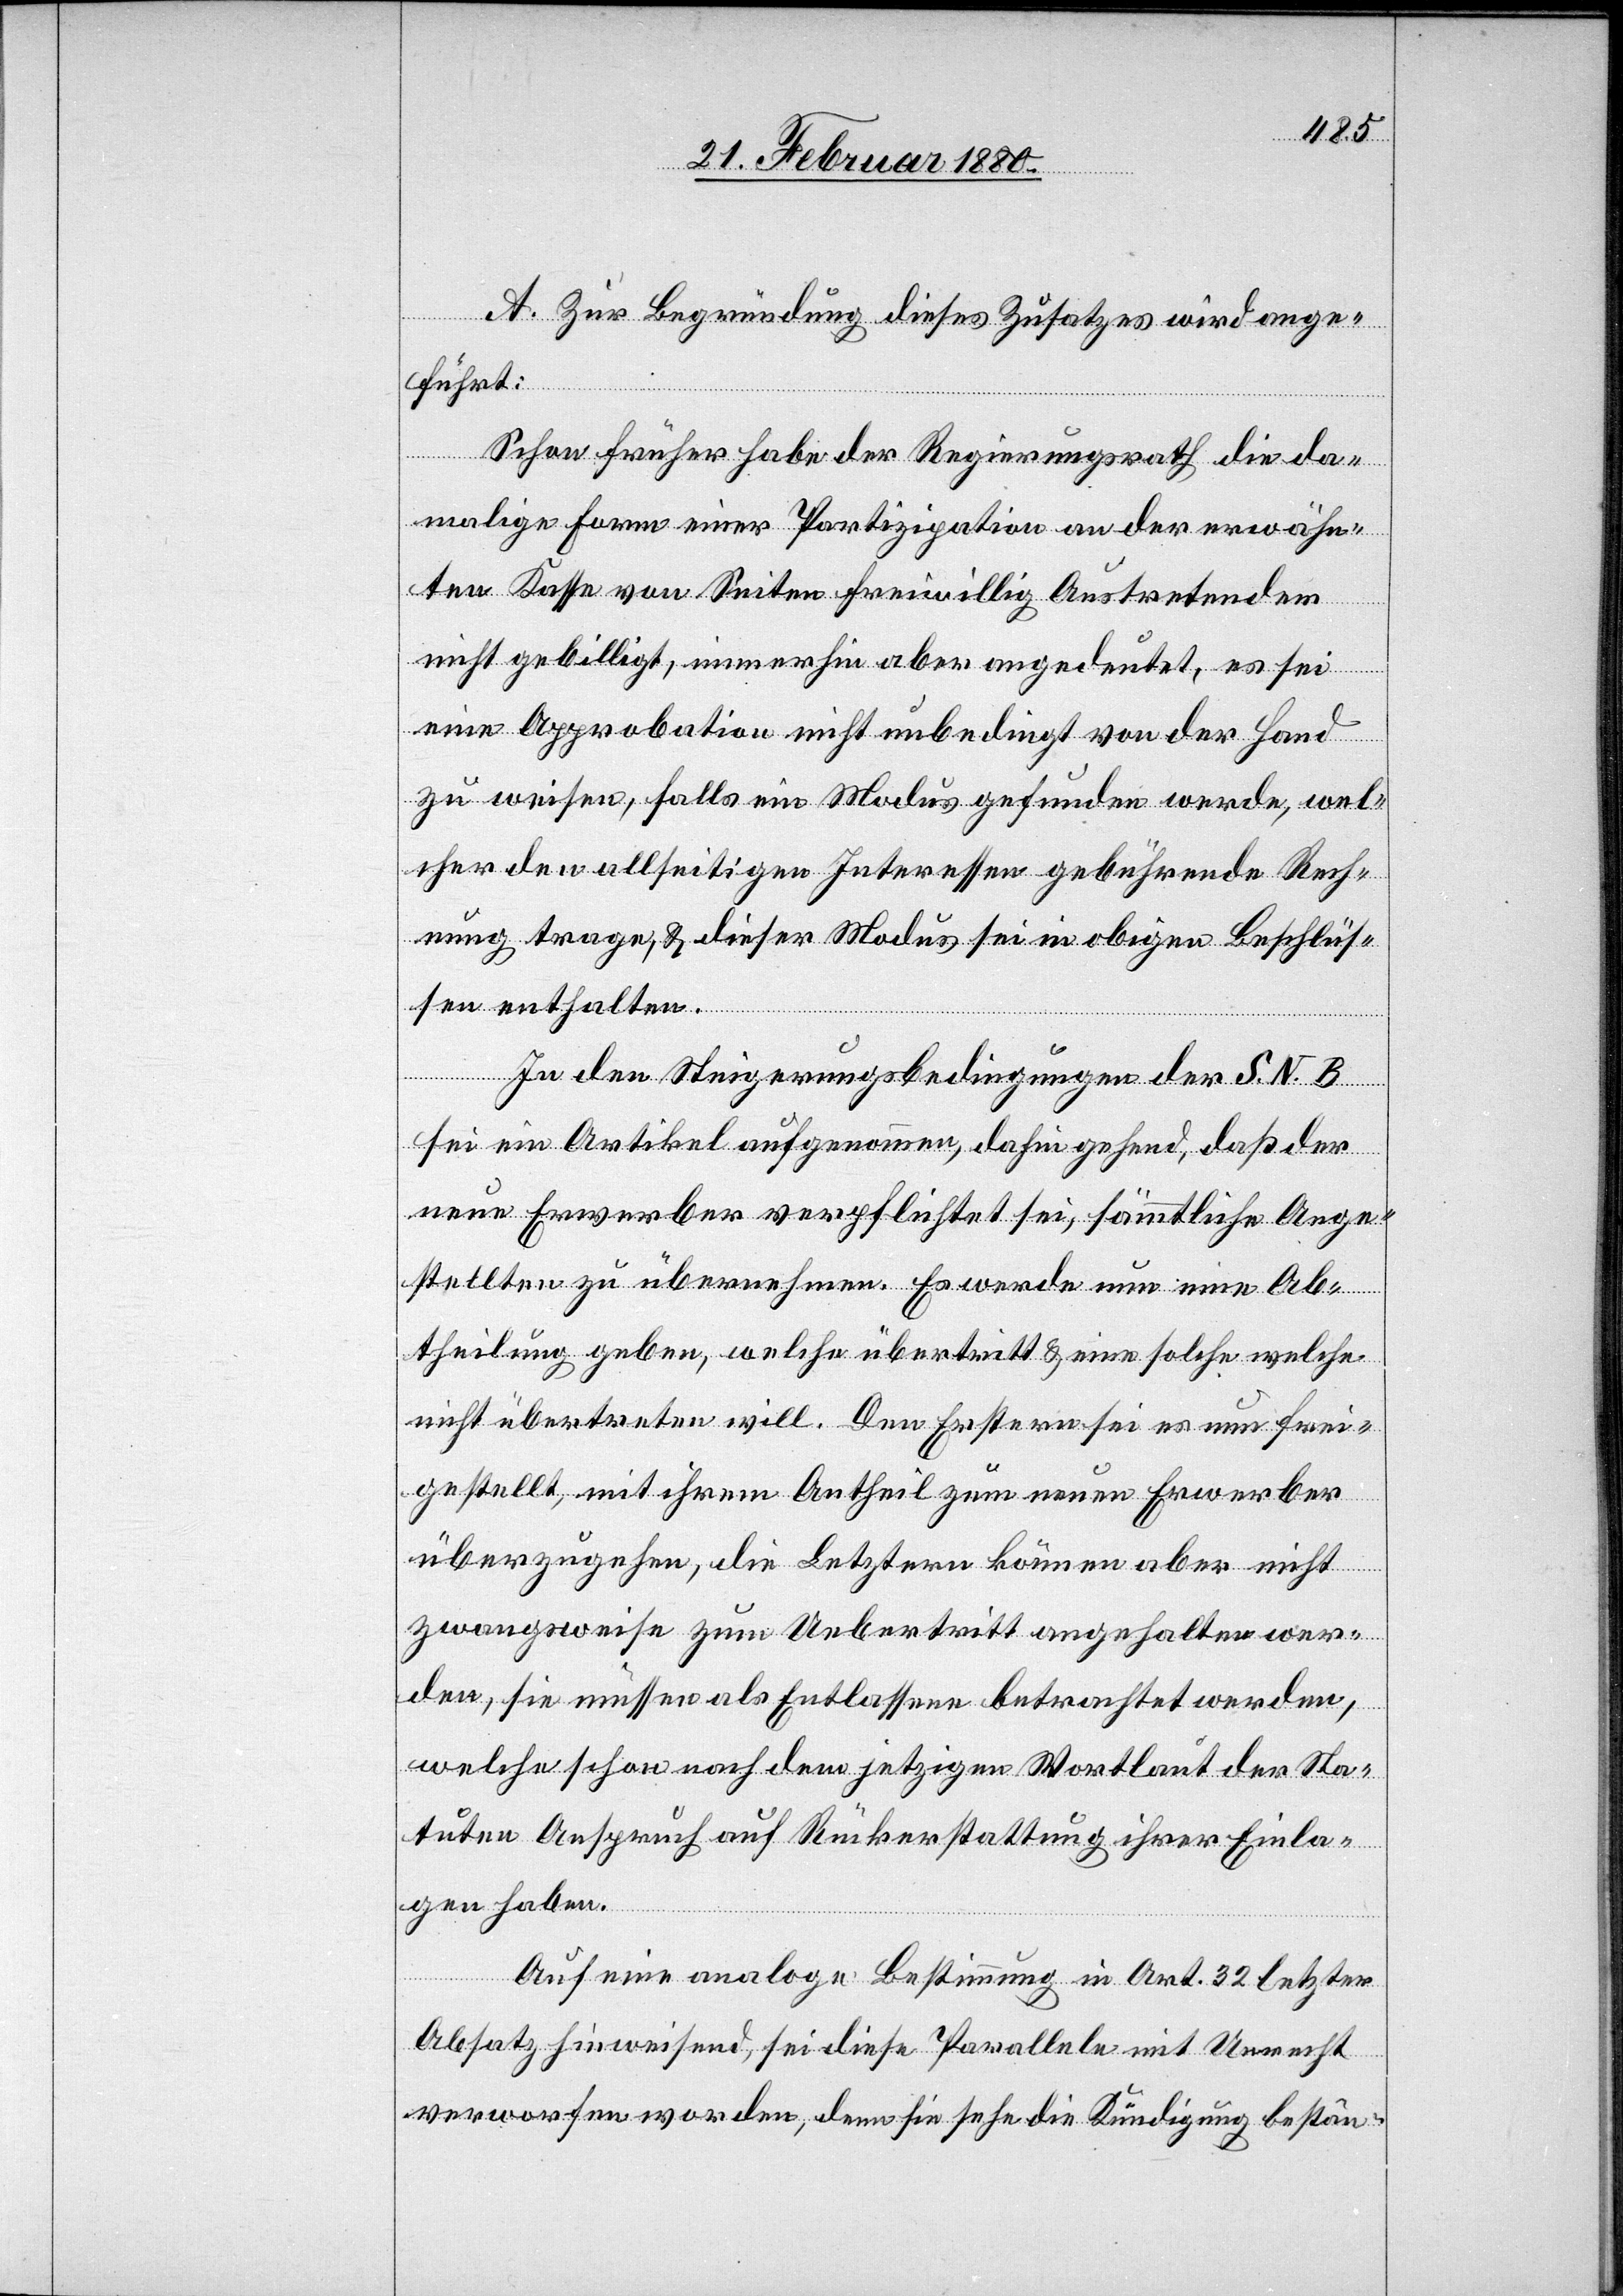
A. Zur Begründung dieses Zusatzes wird ange¬
führt:
Schon früher habe der Regierungsrath die da¬
malige Form einer Partizipation an der erwähn¬
ten Kasse von Seiten freiwillig Austretenden
nicht gebilligt, immerhin aber angedeutet, es sei
eine Approbation nicht unbedingt von der Hand
zu weisen, falls ein Modus gefunden werde, wel¬
cher den allseitigen Interessen gebührende Rech¬
nung trage, & dieser Modus sei in obigen Beschlüs¬
sen enthalten.
In den Steigerungsbedingungen der S. N. B.
sei ein Artikel aufgenommen, dahin gehende, daß der
neue Erwerber verpflichtet sei, sämmtliche Ange¬
stellten zu übernehmen. Es werde nun eine Ab¬
theilung geben, welche übertritt & eine solche welche
nicht übertreten will. Den Erstern sei es nun frei¬
gestellt, mit ihrem Antheil zum neuen Erwerber
überzugehen, die Letztern können aber nicht
zwangsweise zum Uebertritt angehalten wer¬
den, sie müssen als Entlassene betrachtet werden,
welche schon nach dem jetzigen Wortlaut der Sta¬
tuten Anspruch auf Rückerstattung ihrer Einla¬
gen haben.
Auf eine analoge Bestimmung in Art. 32 letzter
Absatz hinweisend, sei diese Parallele mit Unrecht
verworfen worden, denn sie sehe die Kündigung bestän-